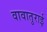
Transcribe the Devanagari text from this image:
वावातुराई